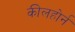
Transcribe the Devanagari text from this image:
कीलहोर्न